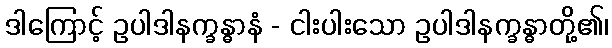
ဒါကြောင့် ဥပါဒါနက္ခန္ဓာနံ - ငါးပါးသော ဥပါဒါနက္ခန္ဓာတို့၏၊